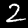
Digit: 2